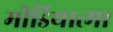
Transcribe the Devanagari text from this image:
मीडियात्मा